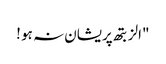
"الزبتھ پریشان نہ ہو !